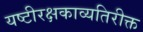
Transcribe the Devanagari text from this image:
यष्टीरक्षकाव्यतिरीक्त